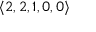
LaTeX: \langle 2 , 2 , 1 , 0 , 0 \rangle